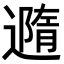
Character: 䢫